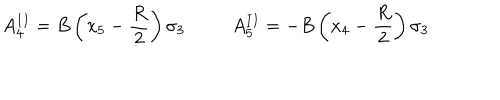
LaTeX: A _ { 4 } ^ { I I } = B \left( x _ { 5 } - { \frac { R } { 2 } } \right) \sigma _ { 3 } ~ A _ { 5 } ^ { I I } = - B \left( x _ { 4 } - { \frac { R } { 2 } } \right) \sigma _ { 3 }